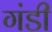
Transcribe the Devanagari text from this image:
गंडी